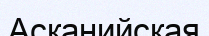
Асканийская